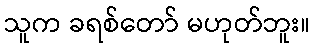
သူက ခရစ်တော် မဟုတ်ဘူး။